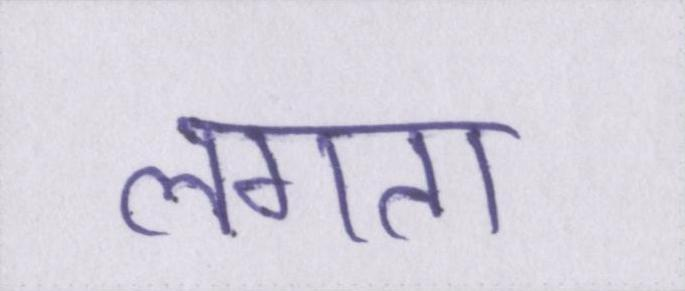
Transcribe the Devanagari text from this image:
लगता